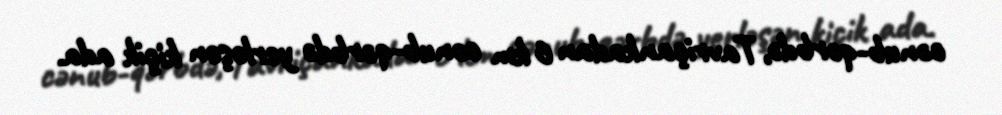
cənub-qərbdə, Tavriçankadan 6 km cənub-qərbdə yerləşən kiçik ada.